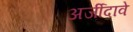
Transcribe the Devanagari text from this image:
अर्जीदावे